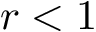
r < 1 \AA